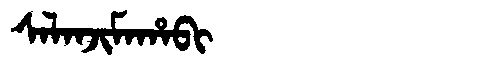
Manchu: ᠰᠠᠯᠠᠨᠵᡳᠮᠠᡥᠠᠪᡳ
Romanization: SALANJIMAHABI